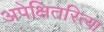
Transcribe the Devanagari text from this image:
अपेक्षितरित्या